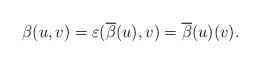
LaTeX: \begin{align*}\beta(u,v)=\varepsilon(\overline{\beta}(u),v)=\overline{\beta}(u)(v).\end{align*}